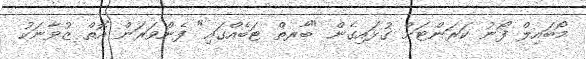
މޯބައިލް ފޯނު ކަރަންޓަށް ގުޅައިގެން "ބާރތް ޓަބެއްގައި" ފެންވަރަން އޮތް ޒުވާނަކު